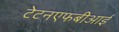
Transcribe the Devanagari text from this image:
टेटनएफबीआई